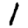
Digit: 1